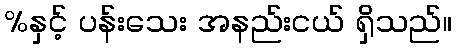
%နှင့် ပန်းသေး အနည်းငယ် ရှိသည်။